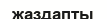
жаздапты